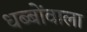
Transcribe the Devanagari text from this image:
धब्बोंवाला